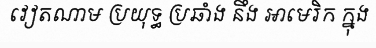
វៀតណាម ប្រយុទ្ធ ប្រឆាំង នឹង អាមេរិក ក្នុង